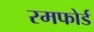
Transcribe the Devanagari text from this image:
रमफोर्ड